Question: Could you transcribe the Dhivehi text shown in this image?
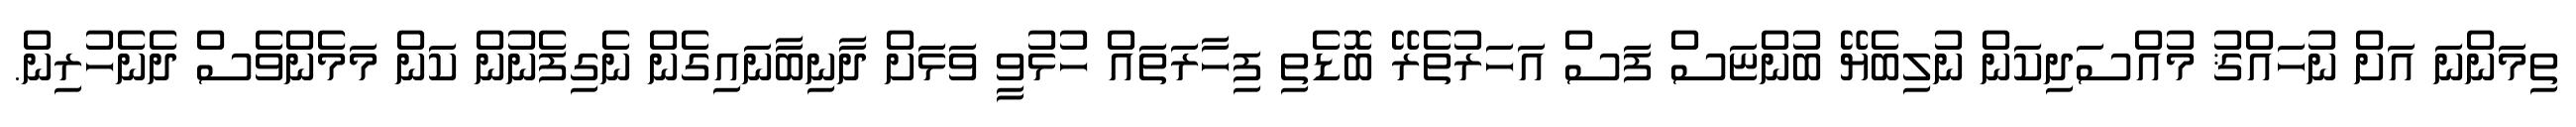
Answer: ތިމަންނަ އަށް ނުހައްޤު މުއްސަދިކަން ނުލިބެޔޭ ބުންޏަސް ފަސް އަހަރުތެރޭ ބޮޑެތި ފިހާރަތައް ހުޅުވީ ވަޅަށް ދާނިބާނައިގެން ނެގިފެނުން ކަން މަމެންވެސް ދެނެހުރިން.